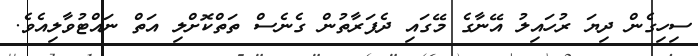
ސިހިގެން ދިޔަ ރުހައިލު އޭނާގެ މޭގައި ދެފަރާތުން ގެނެސް ތަތްކޮށްލި އަތް ނައްޓުވާލިއެވެ.